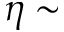
\eta \sim